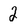
Character: 2